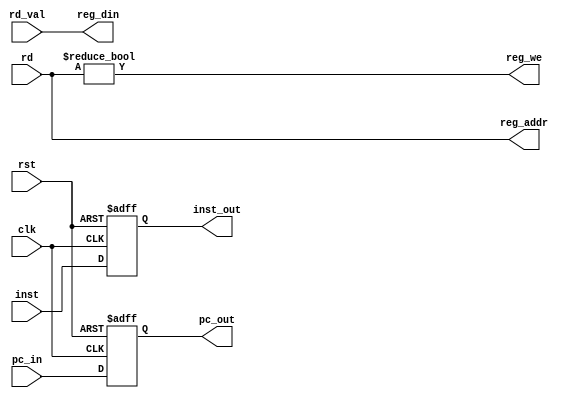
/*
  sbmips
  Copyright (C) 2017  StarBrilliant <m13253@hotmail.com>

  This program is free software: you can redistribute it and/or modify
  it under the terms of the GNU General Public License as published by
  the Free Software Foundation, either version 3 of the License, or
  (at your option) any later version.

  This program is distributed in the hope that it will be useful,
  but WITHOUT ANY WARRANTY; without even the implied warranty of
  MERCHANTABILITY or FITNESS FOR A PARTICULAR PURPOSE.  See the
  GNU General Public License for more details.

  You should have received a copy of the GNU General Public License
  along with this program.  If not, see <http://www.gnu.org/licenses/>.
*/

`timescale 1ns / 1ps
`default_nettype none

module inst_writeback(
    input wire clk,
    input wire rst,

    input wire [31:2] pc_in,
    input wire [31:0] inst,
    input wire [4:0] rd,
    input wire [31:0] rd_val,

    output wire [4:0] reg_addr,
    output wire [31:0] reg_din,
    output wire reg_we,

    output reg [31:2] pc_out,
    output reg [31:0] inst_out
    );

initial begin
    pc_out = 0; inst_out = 32'hxxxxxxxx;
end

assign reg_addr = rd;
assign reg_din = rd_val;
assign reg_we = rd != 5'h00;

always @(posedge clk, posedge rst)
    if(rst) begin
        pc_out = 0; inst_out = 32'hxxxxxxxx;
    end else begin
        pc_out = pc_in; inst_out = inst;
    end

endmodule